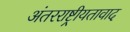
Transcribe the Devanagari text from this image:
अंतरराष्ट्रीयतावाद